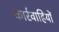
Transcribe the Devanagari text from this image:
कार्रवाहियों